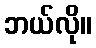
ဘယ်လို။